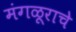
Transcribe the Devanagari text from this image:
मंगळूराचे